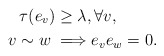
\begin{align*} \tau(e_v) \ge \lambda, &\, \forall v,\\ v \sim w \implies & e_ve_w =0.\end{align*}